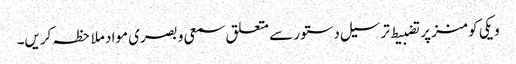
ویکی کومنز پر تضبیط ترسیل دستور سے متعلق سمعی و بصری مواد ملاحظہ کریں۔